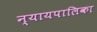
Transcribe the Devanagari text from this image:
न्‍यायपालिका